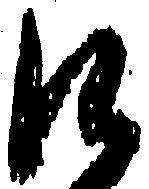
に